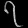
Digit: ၇